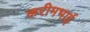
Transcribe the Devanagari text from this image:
करीमभाई